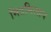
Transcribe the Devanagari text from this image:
मित्रमिलाप